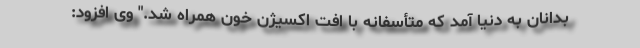
بدانان به دنیا آمد که متأسفانه با افت اکسیژن خون همراه شد." وی افزود: